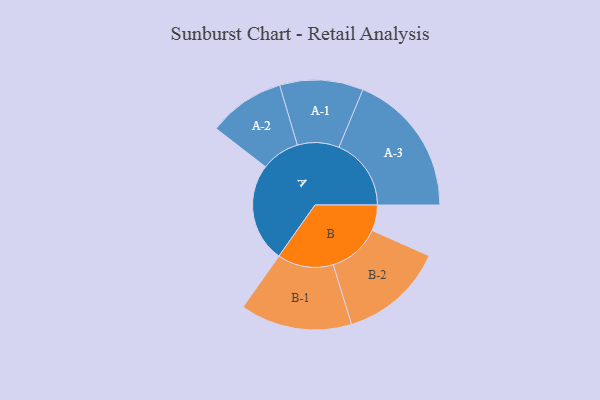
{"axis": {"x": "Segment", "y": "Value"}, "legend": ["", "A", "B"], "data": [{"x": "A", "y": 389, "type": ""}, {"x": "B", "y": 101, "type": ""}, {"x": "A-1", "y": 164, "type": "A"}, {"x": "A-2", "y": 151, "type": "A"}, {"x": "A-3", "y": 284, "type": "A"}, {"x": "B-1", "y": 220, "type": "B"}, {"x": "B-2", "y": 206, "type": "B"}]}